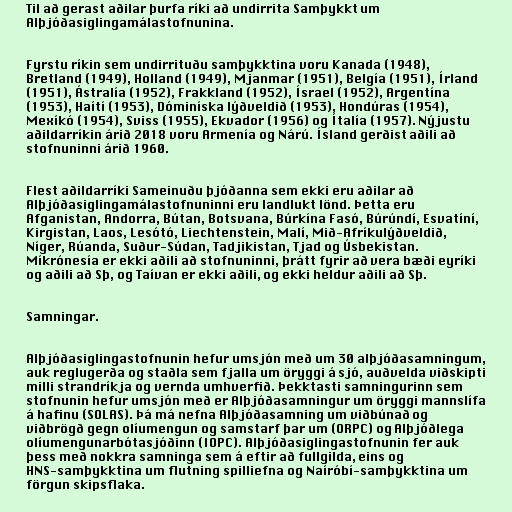
Til að gerast aðilar þurfa ríki að undirrita Samþykkt um
Alþjóðasiglingamálastofnunina.

Fyrstu ríkin sem undirrituðu samþykktina voru Kanada (1948),
Bretland (1949), Holland (1949), Mjanmar (1951), Belgía (1951), Írland
(1951), Ástralía (1952), Frakkland (1952), Ísrael (1952), Argentína
(1953), Haítí (1953), Dóminíska lýðveldið (1953), Hondúras (1954),
Mexíkó (1954), Sviss (1955), Ekvador (1956) og Ítalía (1957). Nýjustu
aðildarríkin árið 2018 voru Armenía og Nárú. Ísland gerðist aðili að
stofnuninni árið 1960.

Flest aðildarríki Sameinuðu þjóðanna sem ekki eru aðilar að
Alþjóðasiglingamálastofnuninni eru landlukt lönd. Þetta eru
Afganistan, Andorra, Bútan, Botsvana, Búrkína Fasó, Búrúndí, Esvatíní,
Kirgistan, Laos, Lesótó, Liechtenstein, Malí, Mið-Afríkulýðveldið,
Níger, Rúanda, Suður-Súdan, Tadjikistan, Tjad og Úsbekistan.
Míkrónesía er ekki aðili að stofnuninni, þrátt fyrir að vera bæði eyríki
og aðili að Sþ, og Taívan er ekki aðili, og ekki heldur aðili að Sþ.

Samningar.

Alþjóðasiglingastofnunin hefur umsjón með um 30 alþjóðasamningum,
auk reglugerða og staðla sem fjalla um öryggi á sjó, auðvelda viðskipti
milli strandríkja og vernda umhverfið. Þekktasti samningurinn sem
stofnunin hefur umsjón með er Alþjóðasamningur um öryggi mannslífa
á hafinu (SOLAS). Þá má nefna Alþjóðasamning um viðbúnað og
viðbrögð gegn olíumengun og samstarf þar um (ORPC) og Alþjóðlega
olíumengunarbótasjóðinn (IOPC). Alþjóðasiglingastofnunin fer auk
þess með nokkra samninga sem á eftir að fullgilda, eins og
HNS-samþykktina um flutning spilliefna og Naíróbí-samþykktina um
förgun skipsflaka.